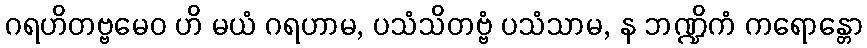
ဂရဟိတဗ္ဗမေဝ ဟိ မယံ ဂရဟာမ, ပသံသိတဗ္ဗံ ပသံသာမ, န ဘဏ္ဍိကံ ကရောန္တော